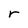
Character: r